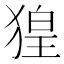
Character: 𤟡